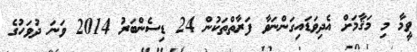
ވީމާ މި މަޤާމަށް އެދިވަޑައިގަންނަވާ ފަރާތްތަކުން 24 ޑިސެންބަރު 2014 ވަނަ ދުވަހުގެ